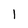
Character: I